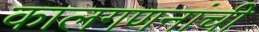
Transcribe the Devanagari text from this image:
कालगणनांची